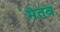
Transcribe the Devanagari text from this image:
मंतव